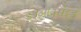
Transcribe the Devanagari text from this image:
डइआक्सैइड